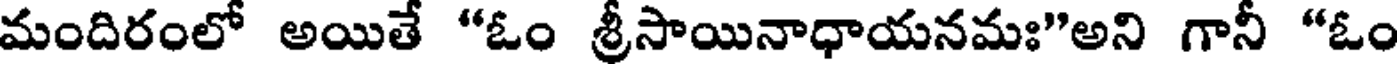
మందిరంలో అయితే "ఓం శ్రీసాయినాధాయనమః"అని గానీ "ఓం